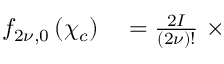
\begin{array} { r l } { f _ { 2 { \nu } , 0 } \left( \chi _ { c } \right) } & { { } = \frac { 2 I } { \left( 2 { \nu } \right) ! } \ \times } \end{array}